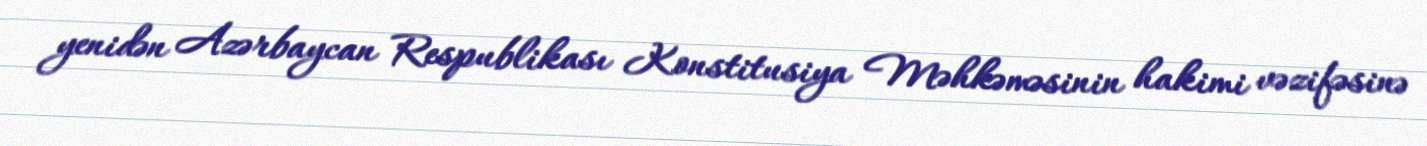
yenidən Azərbaycan Respublikası Konstitusiya Məhkəməsinin hakimi vəzifəsinə